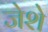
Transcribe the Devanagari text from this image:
जेशे